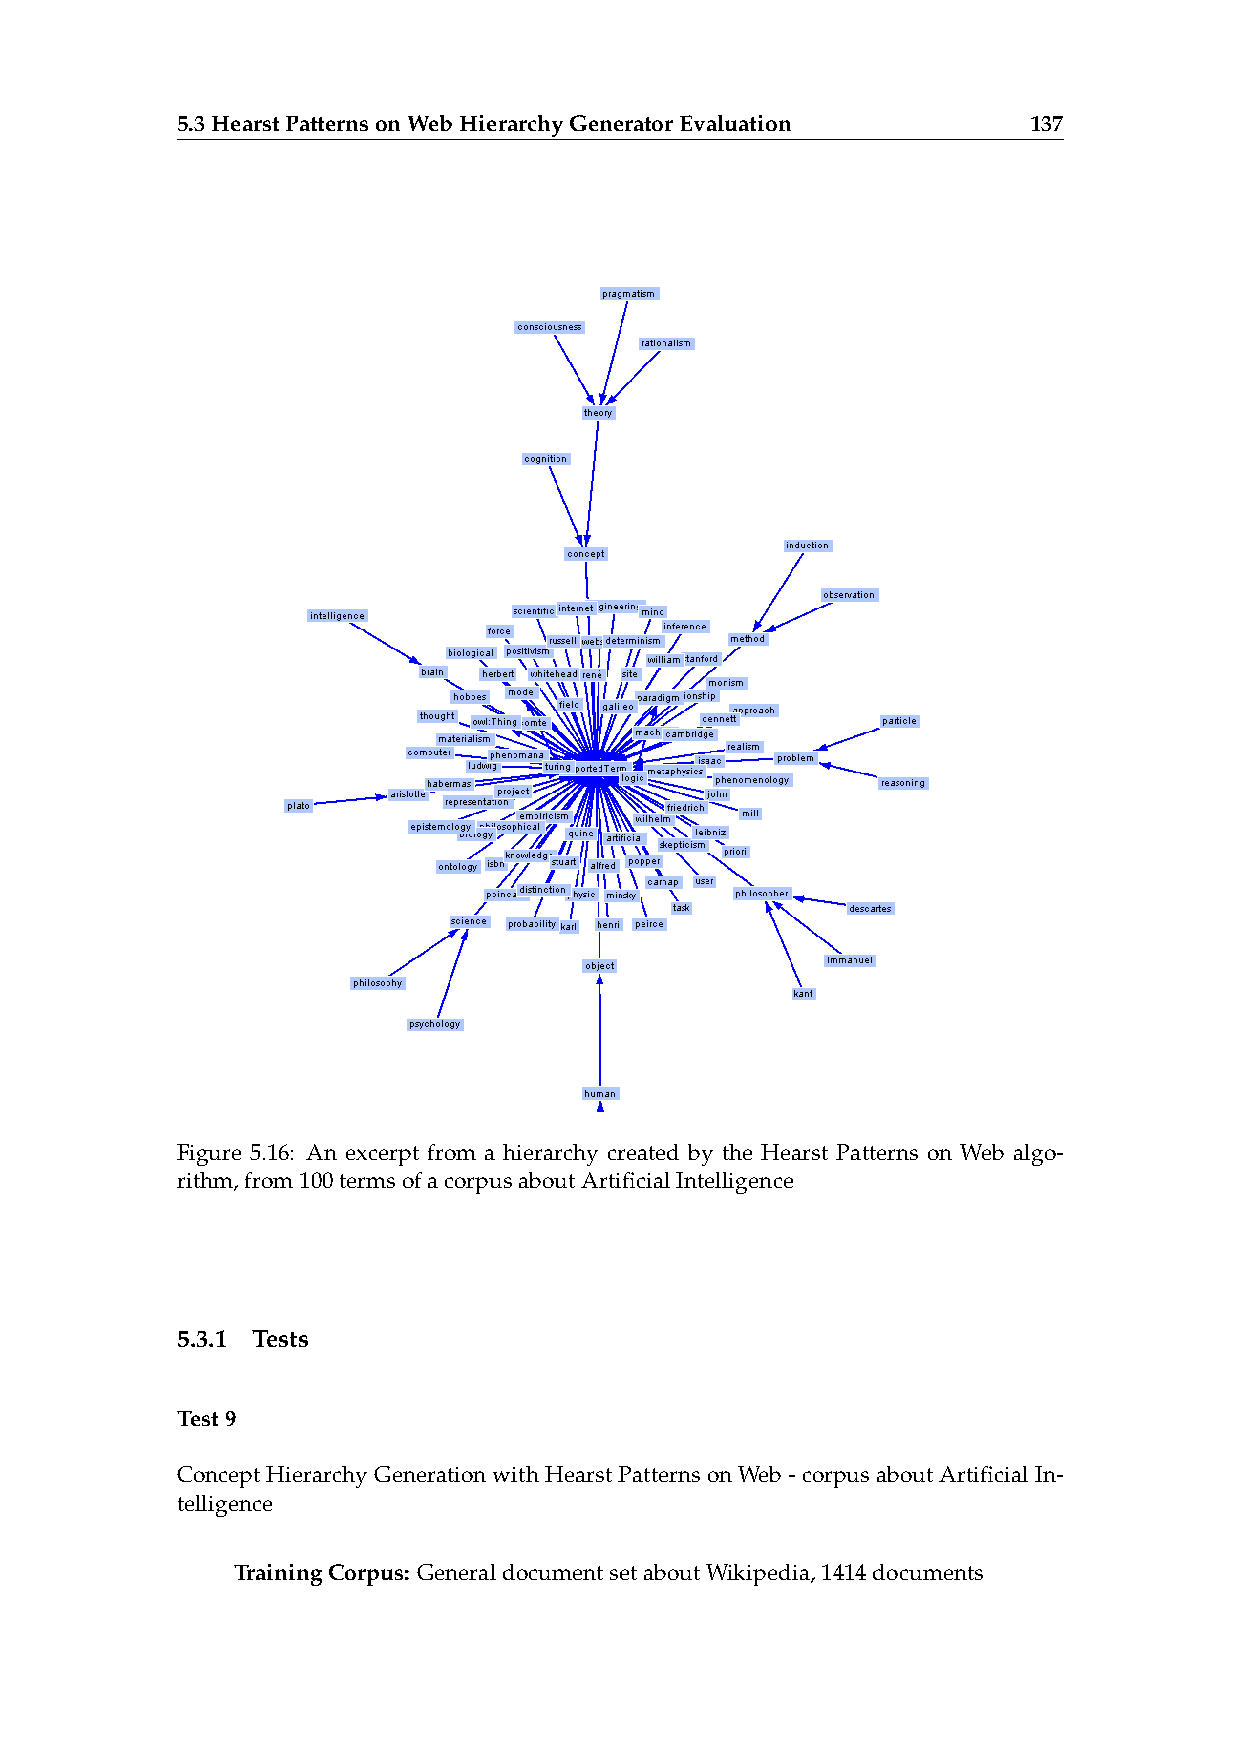
5.3HearstPatternsonWebHierarchyGeneratorEvaluation      137
 Figure 5.16: An excerpt from a hierarchy created by the Hearst Patterns on Web algo-
 rithm,from100termsofacorpusaboutArtificialIntelligence
 5.3.1 Tests
 Test9
 ConceptHierarchyGenerationwithHearstPatternsonWeb-corpusaboutArtificialIn-
 telligence
 TrainingCorpus: GeneraldocumentsetaboutWikipedia,1414documents